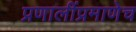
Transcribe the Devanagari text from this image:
प्रणालींप्रमाणेच